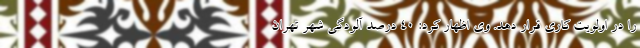
را در اولویت کاری قرار دهد. وی اظهار کرد: ۴۰ درصد آلودگی شهر تهران